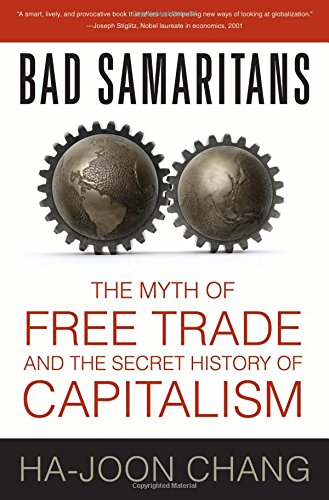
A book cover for Bad Samaritans: The Myth of Free Trade and the Secret History of Capitalism; Ha-Joon Chang; Business & Money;